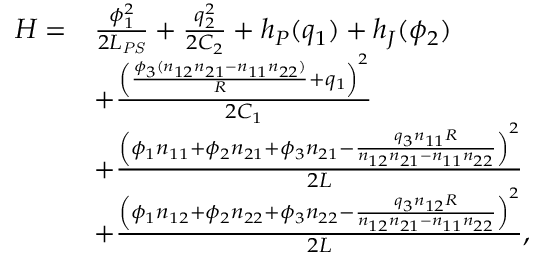
\begin{array} { r l } { H = } & { \frac { \phi _ { 1 } ^ { 2 } } { 2 L _ { \mathit { P S } } } + \frac { q _ { 2 } ^ { 2 } } { 2 C _ { 2 } } + h _ { P } ( q _ { 1 } ) + h _ { J } ( \phi _ { 2 } ) } \\ & { + \frac { { \left( \frac { \phi _ { 3 } ( n _ { 1 2 } n _ { 2 1 } - n _ { 1 1 } n _ { 2 2 } ) } { R } + q _ { 1 } \right) } ^ { 2 } } { 2 C _ { 1 } } } \\ & { + \frac { { \left( \phi _ { 1 } n _ { 1 1 } + \phi _ { 2 } n _ { 2 1 } + \phi _ { 3 } n _ { 2 1 } - \frac { q _ { 3 } n _ { 1 1 } R } { n _ { 1 2 } n _ { 2 1 } - n _ { 1 1 } n _ { 2 2 } } \right) } ^ { 2 } } { 2 L } } \\ & { + \frac { { \left( \phi _ { 1 } n _ { 1 2 } + \phi _ { 2 } n _ { 2 2 } + \phi _ { 3 } n _ { 2 2 } - \frac { q _ { 3 } n _ { 1 2 } R } { n _ { 1 2 } n _ { 2 1 } - n _ { 1 1 } n _ { 2 2 } } \right) } ^ { 2 } } { 2 L } , } \end{array}